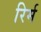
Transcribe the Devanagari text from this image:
रिर्म